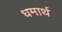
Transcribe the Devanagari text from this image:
धमार्थ